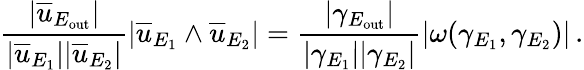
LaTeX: \frac{|\overline{{u}}_{E_{\mathrm{out}}}|}{|\overline{{u}}_{E_{1}}||\overline{{u}}_{E_{2}}|}|\overline{{u}}_{E_{1}}\wedge\overline{{u}}_{E_{2}}|=\frac{|\gamma_{E_{\mathrm{out}}}|}{|\gamma_{E_{1}}||\gamma_{E_{2}}|}|\omega(\gamma_{E_{1}},\gamma_{E_{2}})|\, .